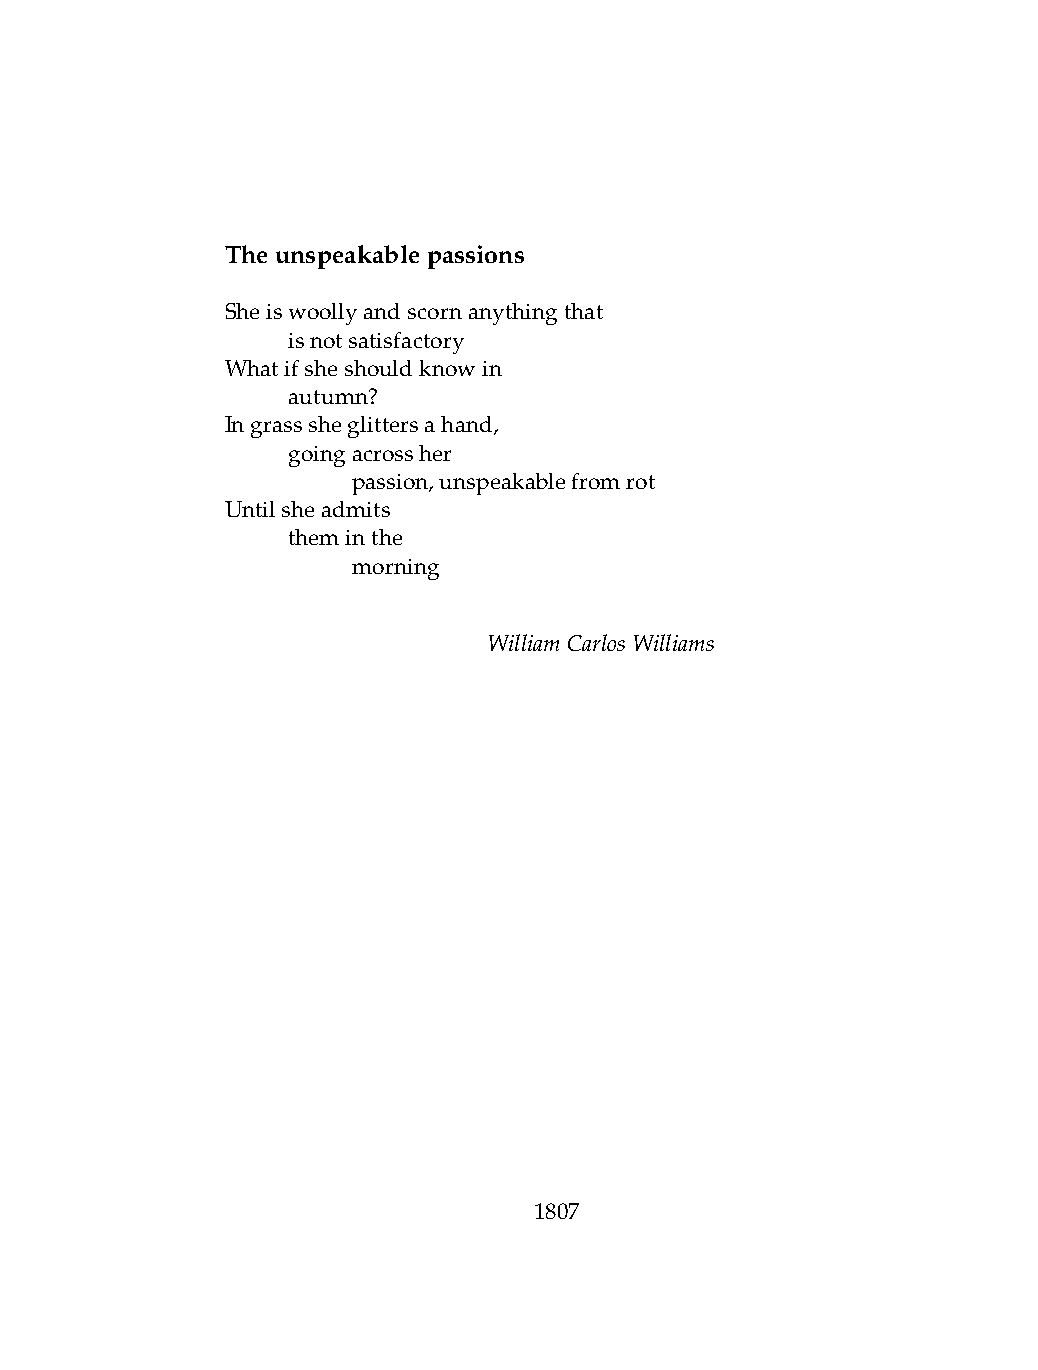
Theunspeakablepassions
 Sheiswoollyandscornanythingthat
 .   isnotsatisfactory
 Whatifsheshouldknowin
 .   autumn?
 Ingrasssheglittersahand,
 .   goingacrossher
 .   .   passion,unspeakablefromrot
 Untilsheadmits
 .   theminthe
 .   .   morning
 WilliamCarlosWilliams
 1807